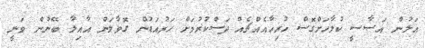
އަލުން އަސާސީ ކުލާހަށްގޮސް ހުރިހާއެއްޗެއް ދަސްކުރުމަށް ހަރުއަޑުން ގޮވާލަން އާއިލާ ބޭނުން ވަނީ